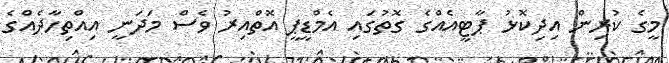
މީގެ ކުރިން އިދިކޮޅު ޕާޓީއެއްގެ ގޮތުގައި އެމްޑީޕީ އޮތްއިރު ވެސް މަދަނީ އިއްތިހާދެއްގެ